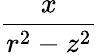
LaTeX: \frac{x}{r^{2}-z^{2}}